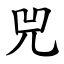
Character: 兕